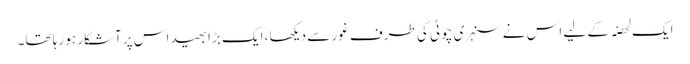
ایک لحضہ کے لیے اس نے سنہری چوٹی کی طرف غور سے دیکھا، ایک بڑا بھید اس پر آشکار ہو رہا تھا۔